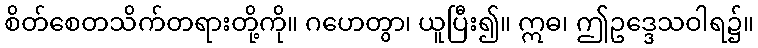
စိတ်စေတသိက်တရားတို့ကို။ ဂဟေတွာ၊ ယူပြီး၍။ ဣဓ၊ ဤဥဒ္ဒေသဝါရ၌။